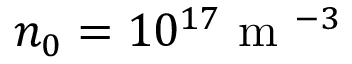
n _ { 0 } = 1 0 ^ { 1 7 } \mathrm { ~ m ~ } ^ { - 3 }